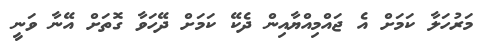
މަރުހަލާ ކަމަށް އެ ޖައްމިއްޔާއިން ދެކޭ ކަމަށް ދޭހަވާ ގޮތަށް އޭނާ ވަނީ